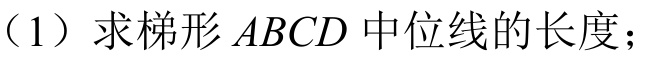
（1）求梯形$ABCD$中位线的长度；